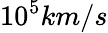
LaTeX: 10^{5}km/s